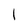
Character: l